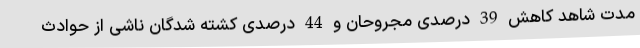
مدت شاهد کاهش 39 درصدی مجروحان و 44 درصدی کشته شدگان ناشی از حوادث